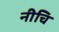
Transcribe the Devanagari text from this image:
नीचि